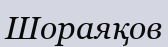
Шораяқов